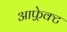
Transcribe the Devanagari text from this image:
आफ़्रेक्ट